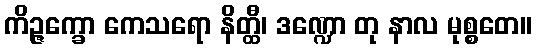
ကိဉ္ဇက္ခော ကေသရော နိတ္ထီ၊ ဒဏ္ဍော တု နာလ မုစ္စတေ။